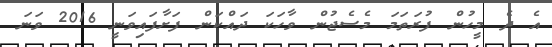
އެ ދެ މީހުން ފުރަތަމަ މެސެޖުން ވާހަކަ ދައްކަން ފަށާފައިވަނީ 2016 ވަނަ